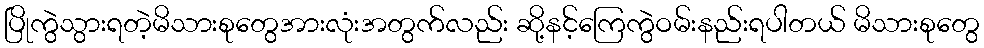
ပြိုကွဲသွားရတဲ့မိသားစုတွေအားလုံးအတွက်လည်း ဆို့နင့်ကြေကွဲဝမ်းနည်းရပါတယ် မိသားစုတွေ